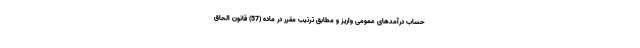
حساب درآمدهای عمومی واریز و مطابق ترتیب مقرر در ماده (57) قانون الحاق